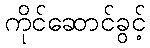
ကိုင်ဆောင်ခွင့်